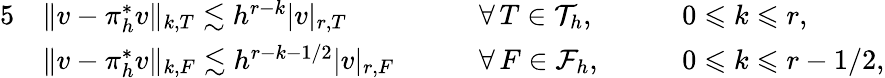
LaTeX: \begin{array}{rlrlrl}{{5}}&{\| v-\pi_{h}^{*}v\| _{k,T}\lesssim h^{r-k}|v|_{r,T}}&&{\quad\forall\, T\in\mathcal{T}_{h},}&&{\quad 0\leqslant k\leqslant r,}\\ &{\| v-\pi_{h}^{*}v\| _{k,F}\lesssim h^{r-k-1/2}|v|_{r,F}}&&{\quad\forall\, F\in\mathcal{F}_{h},}&&{\quad 0\leqslant k\leqslant r-1/2,}\end{array}